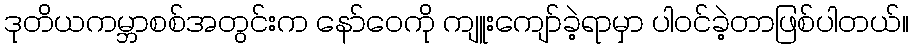
ဒုတိယကမ္ဘာစစ်အတွင်းက နော်ဝေကို ကျူးကျော်ခဲ့ရာမှာ ပါဝင်ခဲ့တာဖြစ်ပါတယ်။